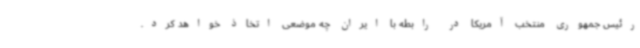
رئیس جمهوری منتخب آمریکا در رابطه با ایران چه موضعی اتخاذ خواهد کرد.